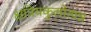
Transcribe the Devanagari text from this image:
क्षत्रियकुलोत्पन्न